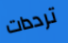
ترددات